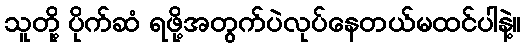
သူတို့ ပိုက်ဆံ ရဖို့အတွက်ပဲလုပ်နေတယ်မထင်ပါနဲ့။